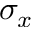
\sigma _ { x }